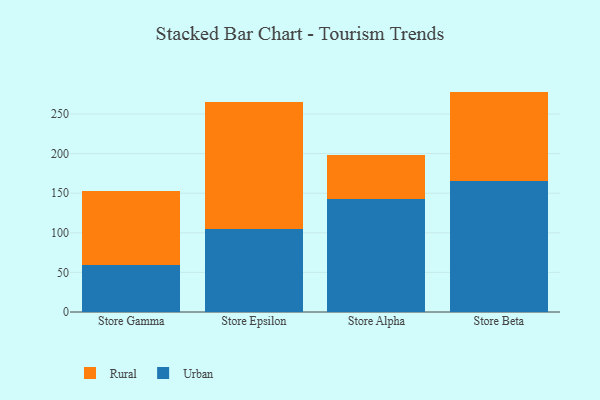
{"axis": {"x": "Store", "y": "Backlog"}, "legend": ["Rural", "Urban"], "data": [{"x": "Store Gamma", "y": 58.9, "type": "Urban"}, {"x": "Store Gamma", "y": 93.5, "type": "Rural"}, {"x": "Store Epsilon", "y": 104.3, "type": "Urban"}, {"x": "Store Epsilon", "y": 161.4, "type": "Rural"}, {"x": "Store Alpha", "y": 142.5, "type": "Urban"}, {"x": "Store Alpha", "y": 55.3, "type": "Rural"}, {"x": "Store Beta", "y": 164.9, "type": "Urban"}, {"x": "Store Beta", "y": 113.4, "type": "Rural"}]}